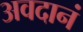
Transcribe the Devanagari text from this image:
अवदानं